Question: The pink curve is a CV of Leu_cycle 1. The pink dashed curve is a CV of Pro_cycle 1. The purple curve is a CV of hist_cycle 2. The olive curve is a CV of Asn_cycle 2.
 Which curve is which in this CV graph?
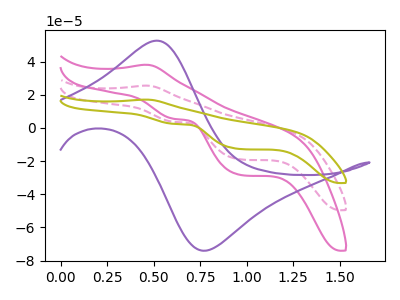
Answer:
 <answer>The pink curve is labeled "Leu_cycle 1". The pink dashed curve is labeled "Pro_cycle 1". The purple curve is labeled "hist_cycle 2". The olive curve is labeled "Asn_cycle 2".</answer>
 <eval></eval>